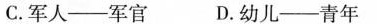
C.军人—军官 D.幼儿—青年